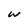
Character: w